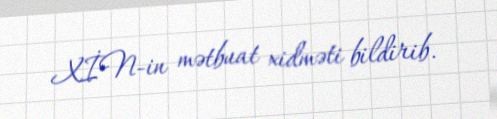
XİN-in mətbuat xidməti bildirib.